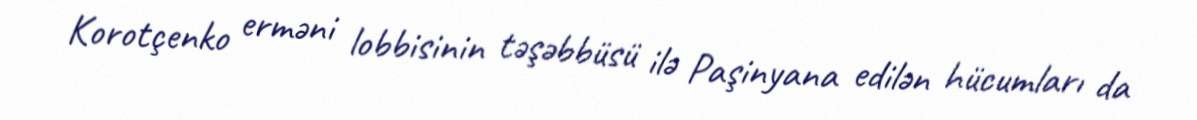
Korotçenko erməni lobbisinin təşəbbüsü ilə Paşinyana edilən hücumları da